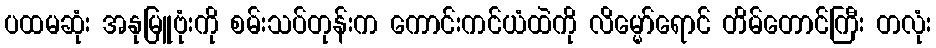
ပထမဆုံး အနုမြူဗုံးကို စမ်းသပ်တုန်းက ကောင်းကင်ယံထဲကို လိမ္မော်ရောင် တိမ်တောင်ကြီး တလုံး